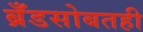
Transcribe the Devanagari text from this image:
ब्रँडसोबतही